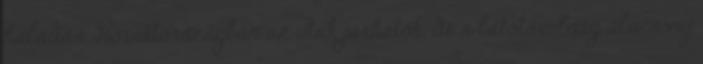
haladás. Horvátországban az utak járhatók, de a látótávolság alacsony